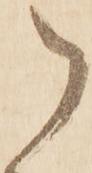
御